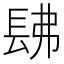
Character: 𨱰